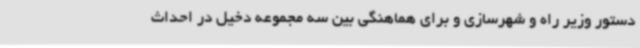
دستور وزیر راه و شهرسازی و برای هماهنگی بین سه مجموعه دخیل در احداث